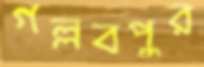
গল্লবপুর